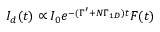
I _ { d } ( t ) \propto I _ { 0 } e ^ { - ( \Gamma ^ { \prime } + N \Gamma _ { 1 D } ) t } F ( t )